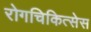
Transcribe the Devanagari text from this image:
रोगचिकित्सेस